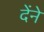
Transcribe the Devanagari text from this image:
देंने